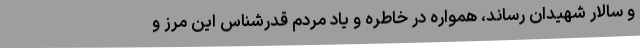
و سالار شهیدان رساند، همواره در خاطره و یاد مردم قدرشناس این مرز و